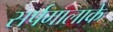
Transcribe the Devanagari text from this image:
सर्पमालाके